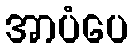
အာပံပေ